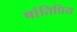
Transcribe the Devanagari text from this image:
षांतिप्रिय